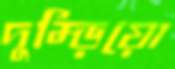
দুম্‌ড়িয়ো